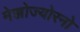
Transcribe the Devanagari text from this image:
मेज्जोज्योरनो